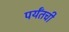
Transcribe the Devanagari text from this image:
पर्यँतची